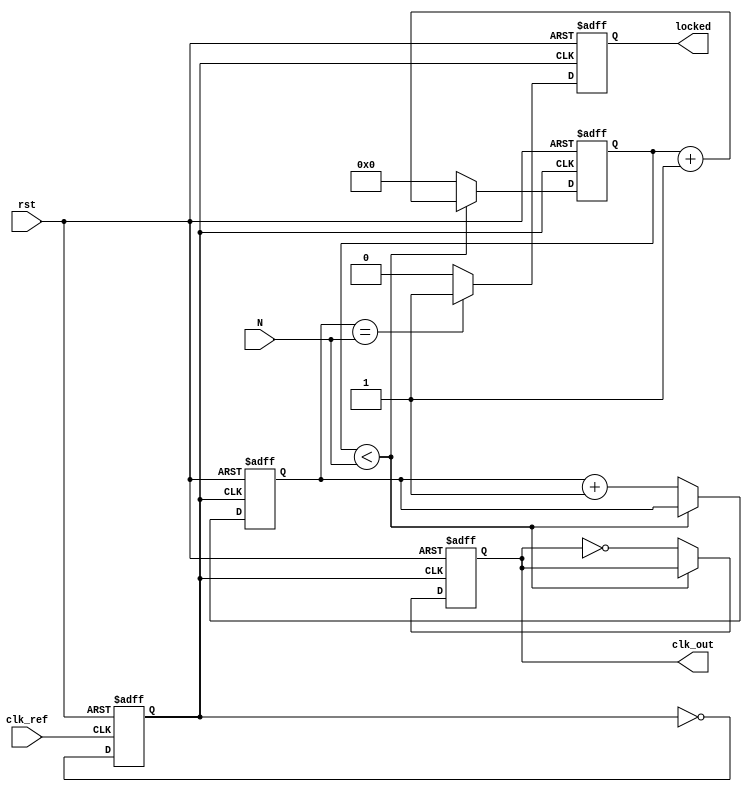
module integer_n_pll (
    input wire clk_ref,         // Reference clock input
    input wire rst,            // Reset signal
    input wire [7:0] N,        // Division factor (N)
    output reg clk_out,        // Output clock
    output reg locked          // Lock status
);

    // Internal signals
    reg up, down;
    reg [15:0] charge_pump_output;
    reg [15:0] loop_filter_output;
    reg [15:0] vco_output;
    reg [7:0] divider_count;
    reg [7:0] divider_counter;
    reg vco_clk;

    // Phase Frequency Detector (PFD)
    always @(posedge clk_ref or posedge rst) begin
        if (rst) begin
            up <= 0;
            down <= 0;
        end else begin
            // Simple PFD logic (assumes clk_out is available)
            if (clk_ref && !clk_out) begin
                up <= 1;
                down <= 0;
            end else if (!clk_ref && clk_out) begin
                up <= 0;
                down <= 1;
            end else begin
                up <= 0;
                down <= 0;
            end
        end
    end

    // Charge Pump (CP)
    always @(posedge clk_ref or posedge rst) begin
        if (rst) begin
            charge_pump_output <= 0;
        end else begin
            if (up) begin
                charge_pump_output <= charge_pump_output + 1; // Increase control voltage
            end else if (down) begin
                charge_pump_output <= charge_pump_output - 1; // Decrease control voltage
            end
        end
    end

    // Loop Filter (LF)
    always @(posedge clk_ref or posedge rst) begin
        if (rst) begin
            loop_filter_output <= 0;
        end else begin
            loop_filter_output <= charge_pump_output; // Simple first-order filter
        end
    end

    // Voltage-Controlled Oscillator (VCO)
    always @(posedge clk_ref or posedge rst) begin
        if (rst) begin
            vco_output <= 0;
            vco_clk <= 0;
        end else begin
            // Simple VCO behavior: output frequency is proportional to control voltage
            vco_output <= loop_filter_output; // This would be more complex in a real design
            vco_clk <= ~vco_clk; // Toggle VCO clock
        end
    end

    // Divider (N-divider)
    always @(posedge vco_clk or posedge rst) begin
        if (rst) begin
            divider_count <= 0;
            divider_counter <= 0;
            clk_out <= 0;
            locked <= 0;
        end else begin
            if (divider_count < N) begin
                divider_count <= divider_count + 1;
            end else begin
                clk_out <= ~clk_out; // Toggle output clock
                divider_count <= 0;
                divider_counter <= divider_counter + 1;
            end
            
            // Lock detection logic (simple)
            if (divider_counter == N) begin
                locked <= 1; // PLL is locked
            end else begin
                locked <= 0; // PLL is not locked
            end
        end
    end

endmodule